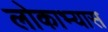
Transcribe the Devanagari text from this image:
लोकाभ्यास